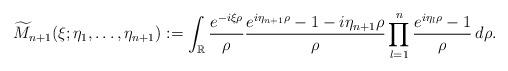
LaTeX: \begin{align*}\widetilde{M}_{n+1}(\xi;\eta_1,\ldots,\eta_{n+1}):=\int_{\mathbb{R}}\frac{e^{-i\xi\rho}}{\rho}\frac{e^{i\eta_{n+1}\rho}-1-i\eta_{n+1}\rho}{\rho}\prod_{l=1}^n\frac{e^{i\eta_l\rho}-1}{\rho}\,d\rho.\end{align*}